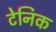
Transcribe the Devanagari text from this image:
टेनिक